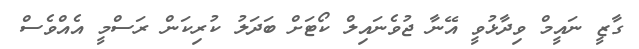
ގާޒީ ނައީމް ވިދާޅުވީ އޭނާ ޖުވެނައިލް ކޯޓަށް ބަދަލު ކުރިކަން ރަސްމީ އެއްވެސް